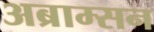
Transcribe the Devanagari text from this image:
अब्राम्सन